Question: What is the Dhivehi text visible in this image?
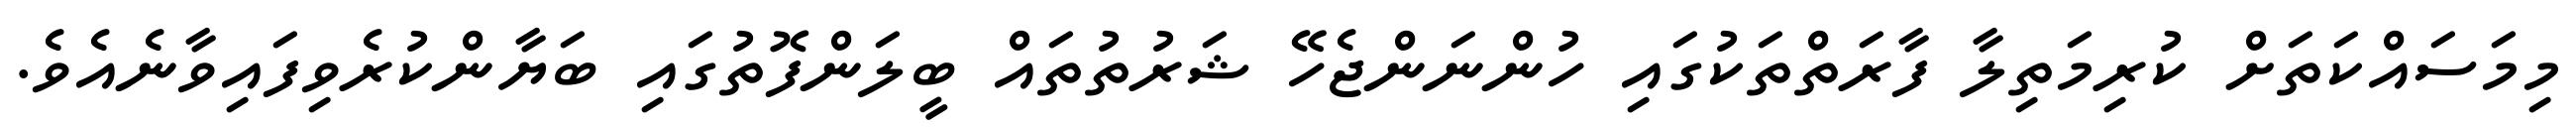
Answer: މިމަސައްކަތަށް ކުރިމަތިލާ ފާރަތްތަކުގައި ހުންނަންޖެހޭ ޝަރުތުތައް ބީލަންފޮތުގައި ބަޔާންކުރެވިފައިވާނެއެވެ.